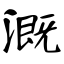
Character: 溉